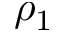
\rho _ { 1 }